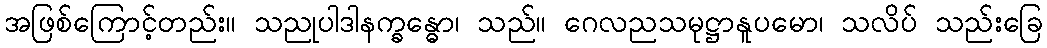
အဖြစ်ကြောင့်တည်း။ သညုပါဒါနက္ခန္ဓော၊ သည်။ ဂေလညသမုဋ္ဌာနူပမော၊ သလိပ် သည်းခြေ